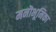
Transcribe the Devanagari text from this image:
मनॊभूमिका